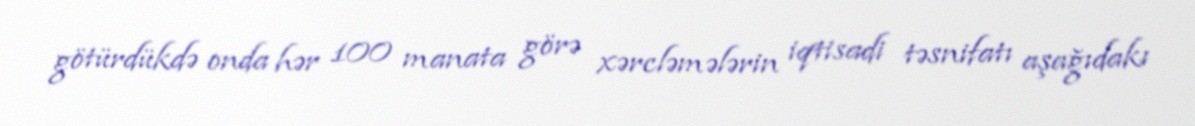
götürdükdə onda hər 100 manata görə xərcləmələrin iqtisadi təsnifatı aşağıdakı